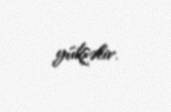
yüksəlir.